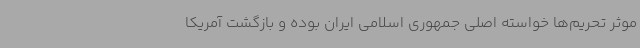
موثر تحریم‌ها خواسته اصلی جمهوری اسلامی ایران بوده و بازگشت آمریکا